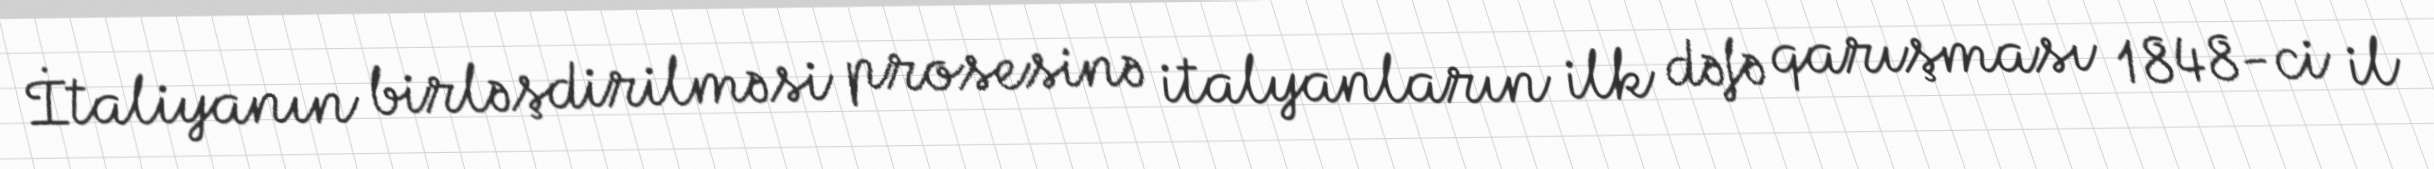
İtaliyanın birləşdirilməsi prosesinə italyanların ilk dəfə qarışması 1848-ci il